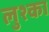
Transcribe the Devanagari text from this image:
लुश्का